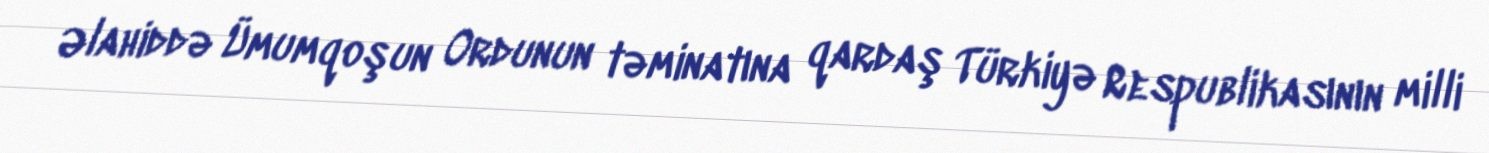
Əlahiddə Ümumqoşun Ordunun təminatına qardaş Türkiyə Respublikasının milli